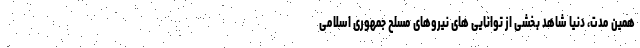
همین مدت، دنیا شاهد بخشی از توانایی های نیروهای مسلح جمهوری اسلامی